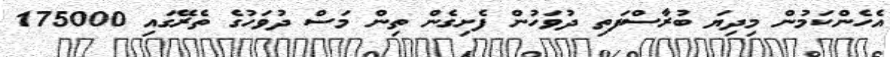
އެހެންކަމުން މިދިޔަ ބުރާސްފަތި ދުވަހުން ފެށިގެން ތިން މަސް ދުވަހުގެ ތެރޭގައި 175000